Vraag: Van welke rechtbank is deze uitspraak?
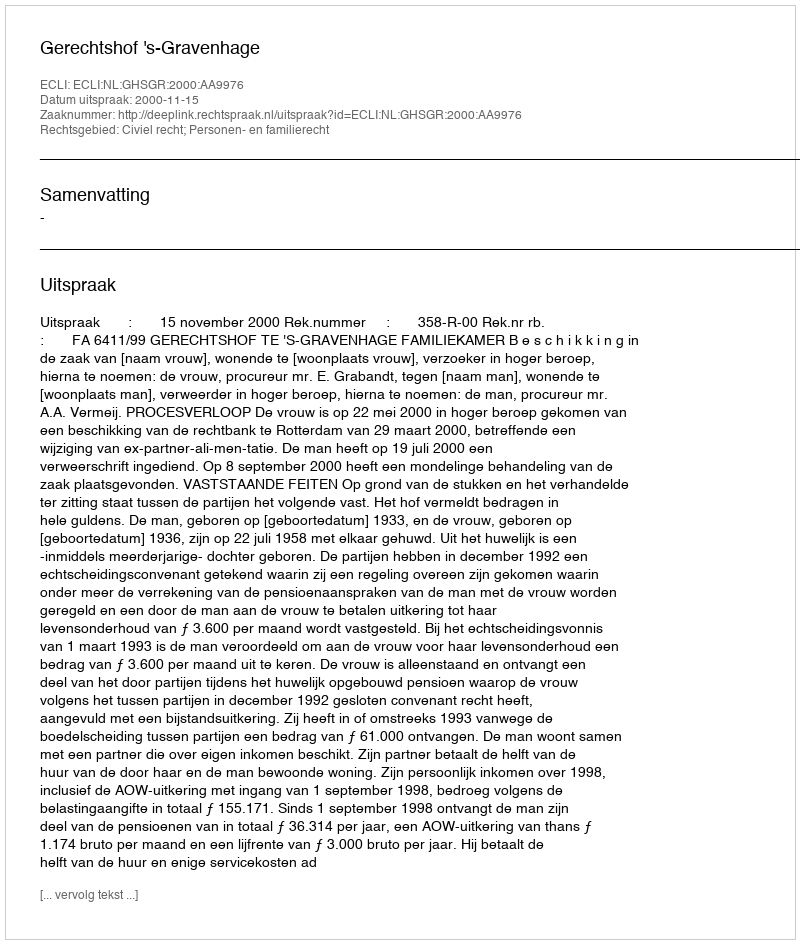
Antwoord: Gerechtshof 's-Gravenhage